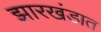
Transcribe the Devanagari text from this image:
झारखंडात